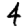
Digit: 4